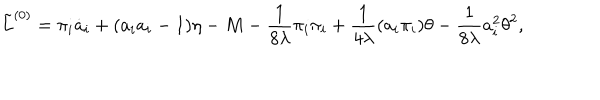
\tilde { L } ^ { ( 0 ) } = \pi _ { i } \dot { a } _ { i } + ( a _ { i } a _ { i } - 1 ) { \eta } - M - \frac { 1 } { 8 \lambda } \pi _ { i } \pi _ { i } + \frac { 1 } { 4 \lambda } ( a _ { i } \pi _ { i } ) \theta - \frac { 1 } { 8 \lambda } a _ { i } ^ { 2 } \theta ^ { 2 } ,